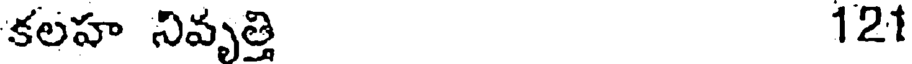
కలహ నివృత్తి 121